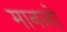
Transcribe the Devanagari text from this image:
मानलो